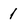
Character: 1